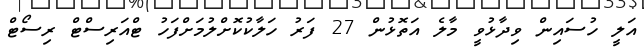
އަލީ ހުސައިން ވިދާޅުވީ މާލެ އަތޮޅުން 27 ފަރު ހަލާކުކޮށްލުމަށްފަހު ޓްއަރިސްޓް ރިސޯޓް